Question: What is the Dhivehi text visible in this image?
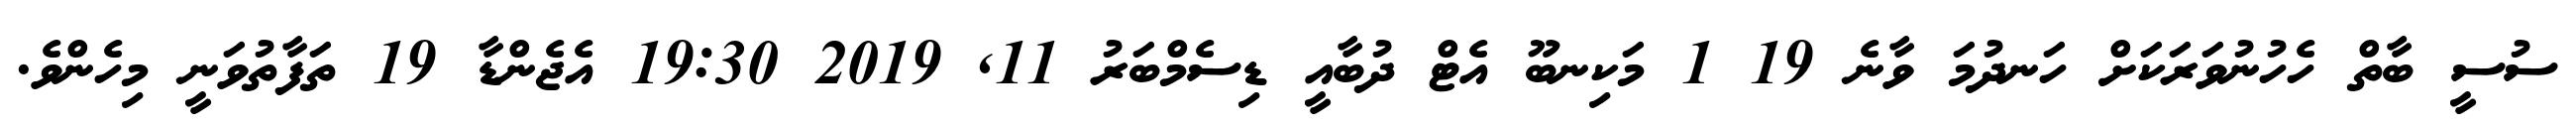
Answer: ސުސީ ބާތް ހެހުނުވަރަކަށް ހަނދުމަ ވާނެ 19 1 މަކިނބޫ އެޓް ދުބާއީ ޑިސެމްބަރު 11, 2019 19:30 އެޖެންޑާ 19 ތަފާތުވަނީ މިހެންވެ.